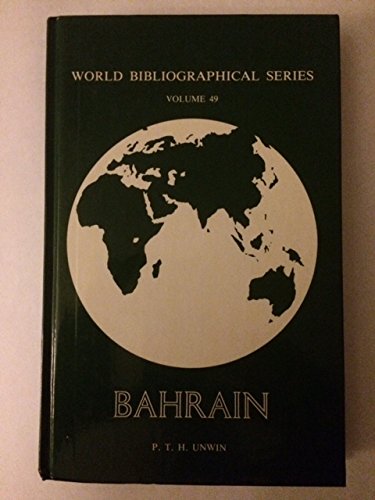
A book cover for Bahrain (World Bibliographical Series); P. T. H. Unwin; History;